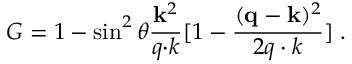
{ \cal G } = 1 - \sin ^ { 2 } \theta \frac { { \bf k } ^ { 2 } } { q { \bf \cdot } k } [ 1 - { \frac { ( { \bf q } - { \bf k } ) ^ { 2 } } { 2 q \cdot k } } ] \; .